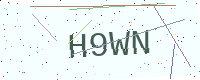
Text: H9WN